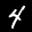
Label: 4